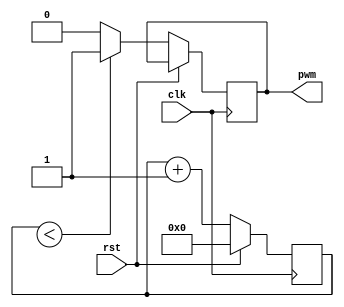
module pwm (input clk, input rst, output reg pwm);
    reg [7:0] counter;
    always @ (posedge clk) begin
        if (rst)
            counter = 8'h00;
        else if (counter < vc) begin
            pwm = 1'b1;
            counter = counter + 1;
        end else begin
            pwm = 1'b0;
            counter = counter + 1;
        end
    end
endmodule